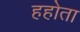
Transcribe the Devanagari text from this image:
हहोता